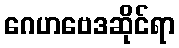
ဂေဟဗေဒဆိုင်ရာ